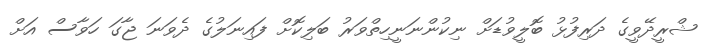
ޝްރީދޭވީގެ ދަރިފުޅު ބޮލީވުޑަށް ނިކުންނަނީހިތްވަރު ބަލިކޮށް ފައިނަލުގެ ދެވަނަ ޖާގަ ހަވާސް އަށް